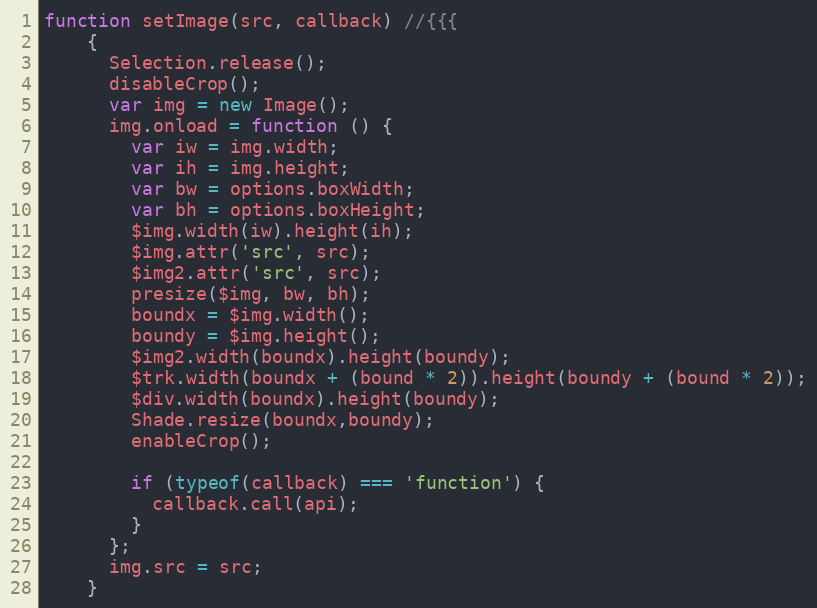
Language: JavaScript
function setImage(src, callback) //{{{
    {
      Selection.release();
      disableCrop();
      var img = new Image();
      img.onload = function () {
        var iw = img.width;
        var ih = img.height;
        var bw = options.boxWidth;
        var bh = options.boxHeight;
        $img.width(iw).height(ih);
        $img.attr('src', src);
        $img2.attr('src', src);
        presize($img, bw, bh);
        boundx = $img.width();
        boundy = $img.height();
        $img2.width(boundx).height(boundy);
        $trk.width(boundx + (bound * 2)).height(boundy + (bound * 2));
        $div.width(boundx).height(boundy);
        Shade.resize(boundx,boundy);
        enableCrop();

        if (typeof(callback) === 'function') {
          callback.call(api);
        }
      };
      img.src = src;
    }